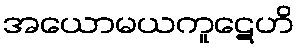
အယောမယကူဋေဟိ